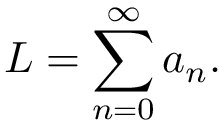
L = \sum _ { n = 0 } ^ { \infty } a _ { n } .